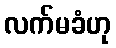
လက်မခံဟု